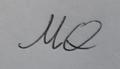
Signature authenticity: forged